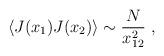
LaTeX: \begin{align*}\langle J (x_1) J (x_2)\rangle \sim {N\over x_{12}^2}\ ,\end{align*}